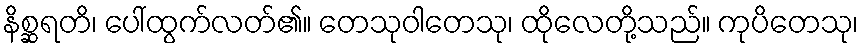
နိစ္ဆရတိ၊ ပေါ်ထွက်လတ်၏။ တေသုဝါတေသု၊ ထိုလေတို့သည်။ ကုပိတေသု၊